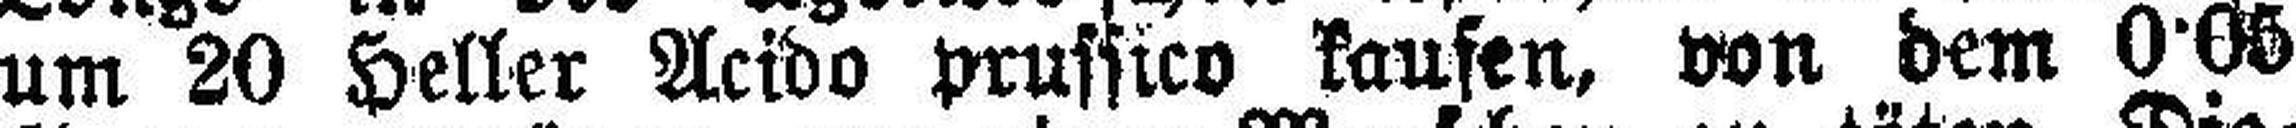
um 20 Heller Acido prussico kaufen, von dem 0'05